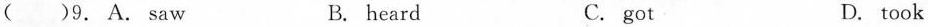
( )9. A. saw B. heard C. got D. took